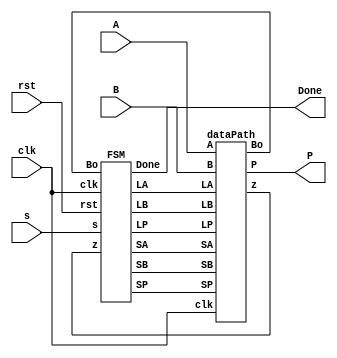
module top(clk,rst,s,A,B,Done,P);
input clk,rst,s;
input [3:0] A,B;
output Done;
output [7:0] P;

wire LA,LB,SA,SB,LP,SP,z,Bo;

FSM fsm1(.clk(clk),.rst(rst),.s(s),.z(z),.Bo(Bo),.LA(LA),.LB(LB),.SA(SA),.SB(SB),.SP(SP),.LP(LP),.Done(Done));
dataPath dp1(.clk(clk),.A(A),.B(B),.LA(LA),.LB(LB),.SA(SA),.SB(SB),.LP(LP),.SP(SP),.z(z),.Bo(Bo),.P(P));

endmodule

module FSM(clk,rst,s,z,Bo,LA,LB,SA,SB,SP,LP,Done);
input clk,rst,s,z,Bo;
output reg LA,LB,SA,SB,SP,LP,Done;

parameter S0=2'b00, S1=2'b01, S2=2'b10;
reg [1:0] curr_state, next_state;

initial begin
	curr_state = S0;
	next_state = S0;
end

always@(posedge clk,negedge rst)begin
	if(rst == 0) curr_state <= S0;
	else curr_state <= next_state;
end

always@(*)begin
	case(curr_state)
		S0:begin
			if(s == 0) next_state = S0;
			else if(s == 1) next_state = S1;
		end
		S1:begin
			if(z == 0) next_state = S1;
			else if(z == 1) next_state = S2;
		end
		S2:begin
			if(s == 0) next_state = S0;
			else if(s == 1) next_state = S2;
		end
	endcase
end

always@(*)begin
	LA = 0; LB = 0; SA = 0; SB = 0; SP = 0; LP = 0; Done = 0;
	case(curr_state)
		S0:begin
			LA = 1;
			LB = 1;
			SP = 0;
			LP = 1;
		end
		S1:begin
			SA = 1;
			SB = 1;
			SP = 1;
			
			if(Bo == 0) LP = 0;
			else LP = 1;
		end
		S2:begin
			Done = 1;
		end
	endcase
	
end


endmodule

module dataPath (clk,A,B,LA,LB,SA,SB,LP,SP,z,Bo,P);

input clk;
input [3:0]A,B;
input LA,LB,SA,SB,LP,SP;

output [7:0]P;
output z,Bo;

wire [7:0]OutA;//leftShiftA (clk,A,LoadA,ShiftA,OutA);
leftShiftA ls1(.clk(clk),.A(A),.LoadA(LA),.ShiftA(SA),.OutA(OutA));


rightShiftB rs1(.clk(clk),.B(B),.LoadB(LB),.ShiftB(SB),.z(z),.Bo(Bo));

wire [7:0]AddOut;
adder a1(.Aout(OutA),.Pout(P),.AddOut(AddOut));

PRegister pr1(.clk(clk),.In(AddOut),.SelP(SP),.LoadP(LP),.Pout(P));

endmodule

module leftShiftA (clk,A,LoadA,ShiftA,OutA);
input clk,LoadA,ShiftA;
input [3:0]A;
output reg [7:0]OutA;

initial OutA <= 0;

always@(posedge clk)begin
	if(LoadA == 1) OutA <=A;
	else if (ShiftA == 1) OutA <= OutA <<1;
end

endmodule

module rightShiftB (clk,B,LoadB,ShiftB,z,Bo);
input clk,LoadB,ShiftB;
input [3:0]B;
output reg z,Bo;

reg [3:0]OutB;

initial begin
	z <= 0;
	Bo <= 0;
end

always@(posedge clk)begin
	if(LoadB == 1) OutB <=B;
	else if (ShiftB == 1) OutB <= OutB >> 1;
	
	z <= ~(|OutB);
	Bo <= OutB[0];
end

endmodule

module adder(Aout,Pout,AddOut);
input [7:0]Aout,Pout;
output reg [7:0]AddOut;

always@(*) AddOut = Aout + Pout;

endmodule

module PRegister(clk,In,SelP, LoadP,Pout);
input clk,SelP,LoadP;
input [7:0]In;
output reg [7:0]Pout;

reg [7:0]InP;

always@(posedge clk)begin
	if(SelP == 0) InP <= 0;
	else if (SelP == 1) InP <= In;
	
	if(LoadP == 1) Pout <= InP;
end

endmodule

/*
module FSM #(parameter width = 1) (output reg z);
	always@(*) z = width;
endmodule
*/